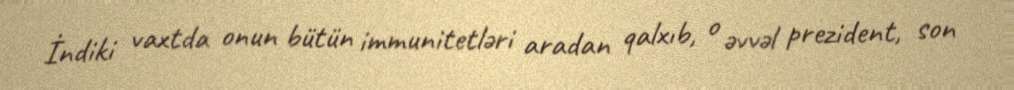
İndiki vaxtda onun bütün immunitetləri aradan qalxıb, o əvvəl prezident, son